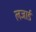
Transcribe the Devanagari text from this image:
लजार्ड